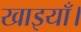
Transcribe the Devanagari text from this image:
खाइयाँ।